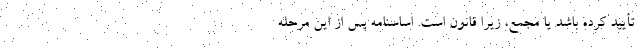
تأیید کرده باشد یا مجمع، زیرا قانون است. اساسنامه پس از این مرحله